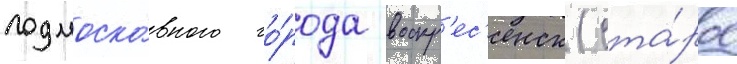
подмоско́вного го́рода воскр'ес'енск (ста́рое